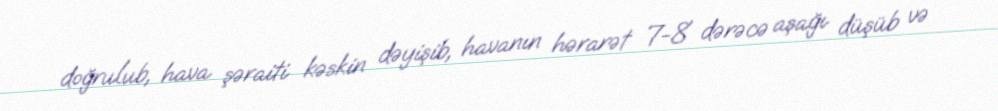
doğrulub, hava şəraiti kəskin dəyişib, havanın hərarət 7-8 dərəcə aşağı düşüb və